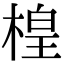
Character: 楻